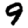
Digit: 9